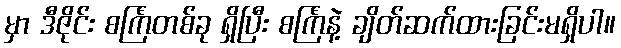
မှာ ဒီဇိုင်း စင်္ကြံတစ်ခု ရှိပြီး စင်္ကြံနဲ့ ချိတ်ဆက်ထားခြင်းမရှိပါ။